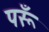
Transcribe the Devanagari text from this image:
परूँ